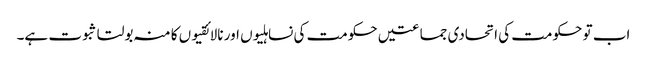
اب تو حکومت کی اتحادی جماعتیں حکومت کی نساہلیوں اور نالائقیوں کا منہ بولتا ثبوت ہے۔